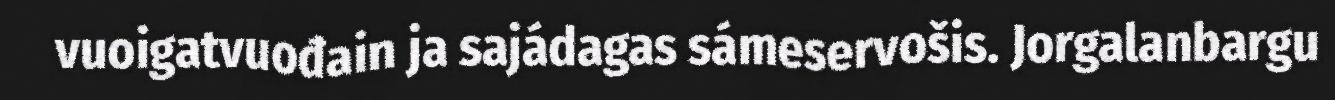
vuoigatvuođain ja sajádagas sámeservošis. Jorgalanbargu